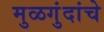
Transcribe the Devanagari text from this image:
मुळगुंदांचे